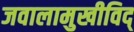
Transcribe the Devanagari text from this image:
जवालामुखीविद्